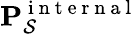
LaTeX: \mathbf{P}_{\mathcal{S}}^{\mathrm{~i~n~t~e~r~n~a~l~}}